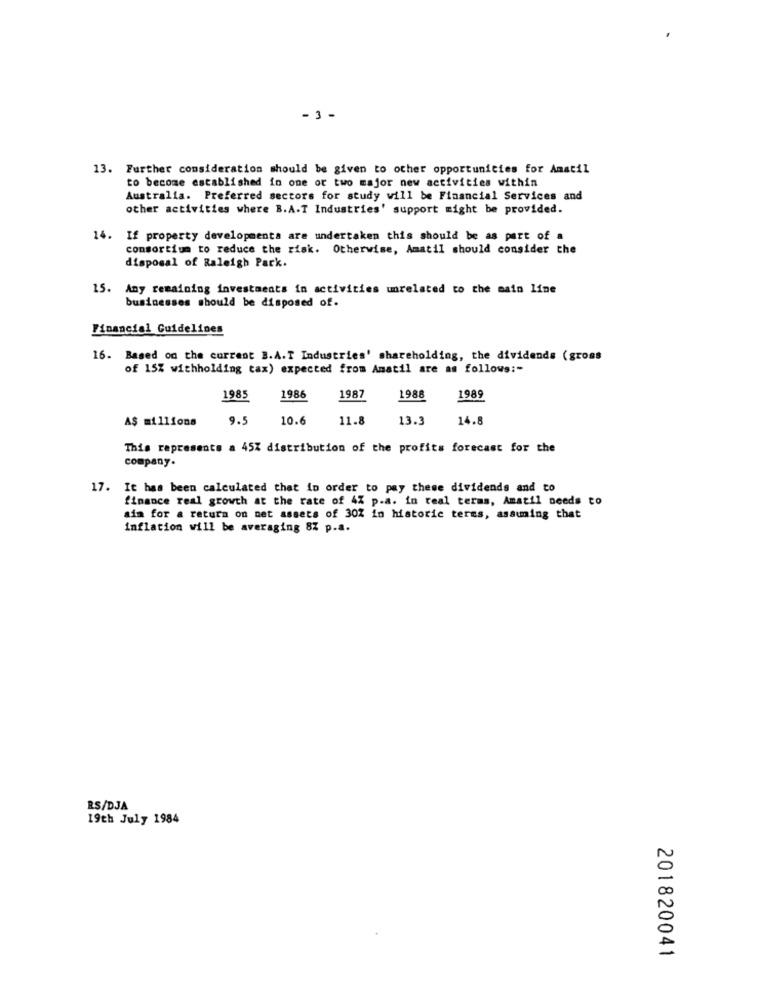
-3-
13. Further consideration should be given to other opportunities for Amatil
to become established in one or two major new activities within
Australia. Preferred sectors for study will be Financial Services and
other activities where B.A.T Industries' support might be provided.
14. If property developmenta are undertaken this should be as part of a
consortium to reduce the risk. Otherwise, Amatil should consider the
disposal of Raleigh Park.
15. Any remaining investments in activities unrelated to the main line
businesses should be disposed of.
Financial Guidelines
16. Based on the current B.A.T Industries' shareholding, the dividends (gross
of 15% withholding tax) expected from Amatil are as follows:"
1985
1986
1987
1988
1989
A$ millions
9.5
10.6
11.8
13.3
14.8
This represents a 45% distribution of the profits forecast for the
company.
17. It has been calculated that in order to pay these dividends and to
finance real growth at the rate of 4% p.a. in real terms, Amatil needs to
aim for a return on net assets of 30% in historic terms, assuming that
inflation will be averaging 8% p.a.
RS/DJA
19th July 1984
201820041